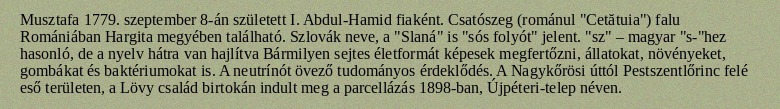
Musztafa 1779. szeptember 8-án született I. Abdul-Hamid fiaként. Csatószeg (románul "Cetătuia") falu Romániában Hargita megyében található. Szlovák neve, a "Slaná" is "sós folyót" jelent. "sz" – magyar "s-"hez hasonló, de a nyelv hátra van hajlítva Bármilyen sejtes életformát képesek megfertőzni, állatokat, növényeket, gombákat és baktériumokat is. A neutrínót övező tudományos érdeklődés. A Nagykőrösi úttól Pestszentlőrinc felé eső területen, a Lövy család birtokán indult meg a parcellázás 1898-ban, Újpéteri-telep néven.